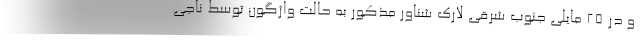
و در ۲۵ مایلی جنوب شرقی لارک شناور مذکور به حالت واژگون توسط ناجی